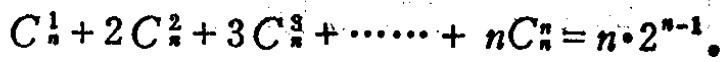
$C_{n}^{1}+2C_{n}^{2}+3C_{n}^{3}+\cdots +nC_{n}^{n}=n\cdot 2^{n - 1}$